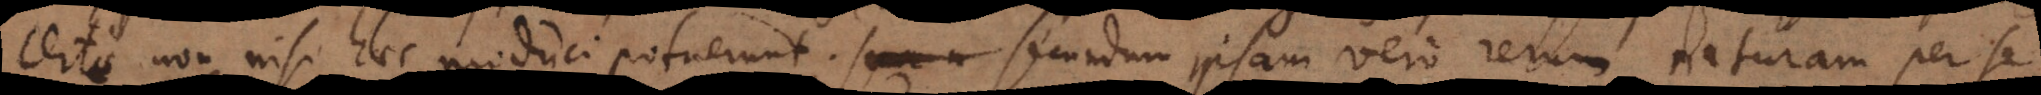
certe non nisi haec produci potuerunt, secundum ipsam vero rerum naturam per se